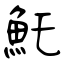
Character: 魠